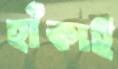
হাঁকাই